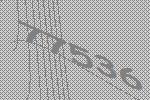
77536